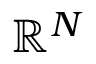
\mathbb { R } ^ { N }